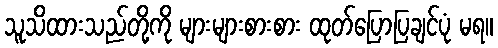
သူသိထားသည်တို့ကို များများစားစား ထုတ်ပြောပြချင်ပုံ မရ။